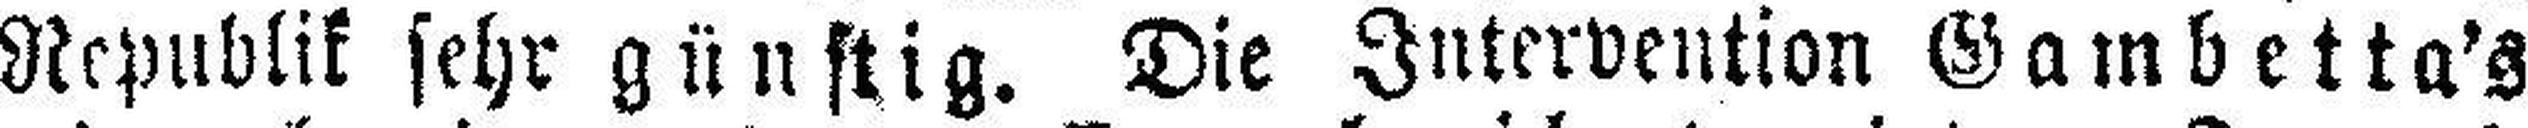
Republik sehr günstig. Die Intervention Gambetta's